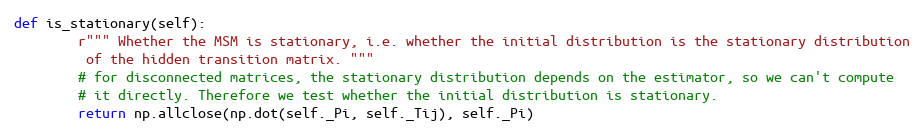
Language: Python
def is_stationary(self):
        r""" Whether the MSM is stationary, i.e. whether the initial distribution is the stationary distribution
         of the hidden transition matrix. """
        # for disconnected matrices, the stationary distribution depends on the estimator, so we can't compute
        # it directly. Therefore we test whether the initial distribution is stationary.
        return np.allclose(np.dot(self._Pi, self._Tij), self._Pi)